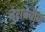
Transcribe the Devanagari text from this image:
बुशबेबीज